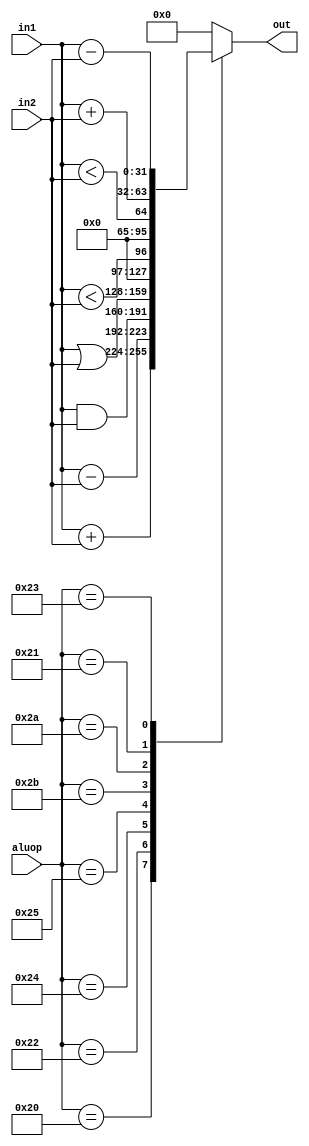
`timescale 1ns/1ns
module alu
  #(parameter Width = 32)
  ( input [Width-1:0] in1, in2,
    input [5:0] aluop,
    output reg [Width-1:0] out
  );
  
  parameter OPR_ADD = 6'b100000;
  parameter OPR_SUB = 6'b100010;
  parameter OPR_AND = 6'b100100;
  parameter OPR_OR = 6'b100101;
  parameter OPR_SLTU = 6'b101011;
  parameter OPR_SLT = 6'b101010;
  parameter OPR_ADDU = 6'b100001;
  parameter OPR_SUBU = 6'b100011;
  
  always @(in1, in2, aluop)
    case(aluop)
    OPR_ADD : out = $signed(in1) + $signed(in2);
    OPR_SUB : out = $signed(in1) - $signed(in2);
    OPR_AND : out = in1 & in2;
    OPR_OR : out = in1 | in2;
    OPR_SLTU : out = in1 < in2;
    OPR_SLT : out = $signed(in1) < $signed(in2);
    OPR_ADDU : out = in1 + in2;
    OPR_SUBU : out = in1 - in2;
    default : out = 0;
    endcase
endmodule